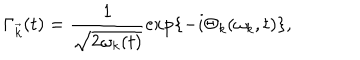
{ \Gamma } _ { \vec { k } } ( t ) = \frac { 1 } { \sqrt { 2 { \omega } _ { k } ( t ) } } \exp \{ - i { \Theta } _ { k } ( { \omega } _ { k } , t ) \} ,